Indian journal of veterinary science and animal husbandry - Volumes 26-27, 1956-1957
Year: 1956
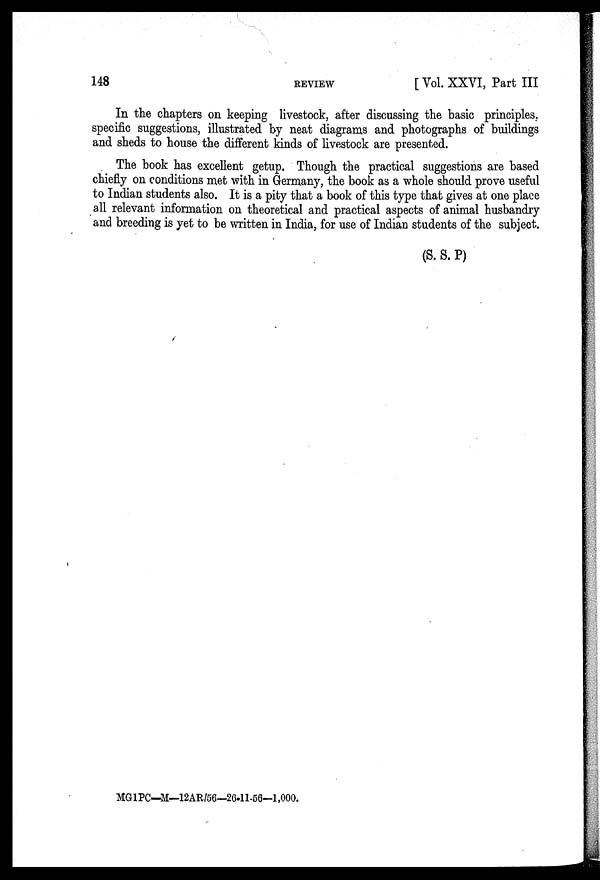
148
REVIEW
[ Vol. XXVI, Part III
In the chapters on keeping livestock, after discussing the basic principles,
specific suggestions, illustrated by neat diagrams and photographs of buildings
and sheds to house the different kinds of livestock are presented.
The book has excellent getup. Though the practical suggestions are based
chiefly on conditions met with in Germany, the book as a whole should prove useful
to Indian students also. It is a pity that a book of this type that gives at one place
all relevant information on theoretical and practical aspects of animal husbandry
and breeding is yet to be written in India, for use of Indian students of the subject.
(S. S. P)
MG1PC-M—12AR/56—26-11-56—1,000.